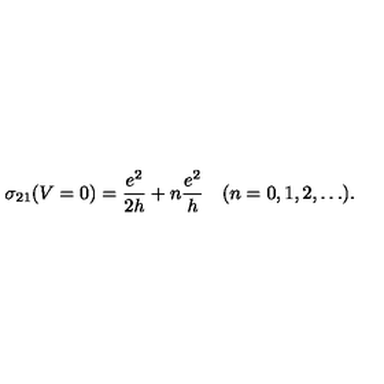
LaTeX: \sigma _ { 2 1 } ( V = 0 ) = \frac { e ^ { 2 } } { 2 h } + n \frac { e ^ { 2 } } { h } \quad ( n = 0 , 1 , 2 , \ldots ) .